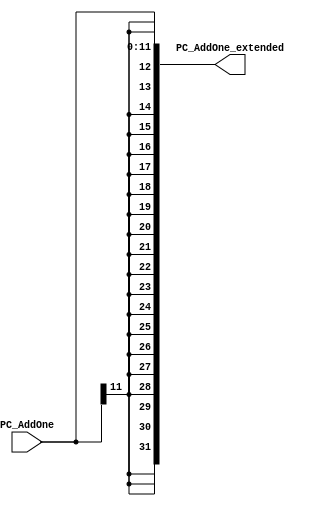
module twelve_SX(PC_AddOne, PC_AddOne_extended);
	// sign-extension unit: 12 to 32
	input [11:0] PC_AddOne;
	output [31:0] PC_AddOne_extended;
	
	// perform sign-padding
	wire pc_sign;
	assign pc_sign = PC_AddOne[11];
	
	wire [19:0] PC_sign_twenty = {20{pc_sign}};
	assign PC_AddOne_extended = {PC_sign_twenty, PC_AddOne};
	
endmodule